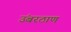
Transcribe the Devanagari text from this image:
उंबरठाण